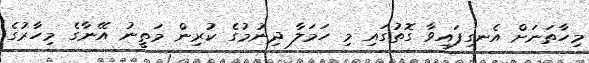
މިހާތަނަށް އެނގިފައިވާ ގޮތުގައި މި ހަމަލާ ދިނުމުގެ ކުރިން މަތީނު އޭނާގެ މިހާރުގެ